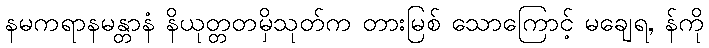
နမကရာနမန္တာနံ နိယုတ္တတမှိသုတ်က တားမြစ် သောကြောင့် မချေရ, န်ကို